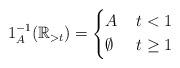
LaTeX: \begin{align*} 1_A^{-1} ( \mathbb{R}_{> t} ) = \left\{ \begin{aligned} & A & & \; t < 1 \\ & \emptyset & & \; t \geq 1 \end{aligned} \right. \end{align*}